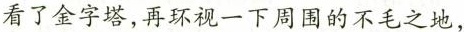
看了金字塔，再环视一下周围的不毛之地，